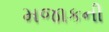
મજાકની